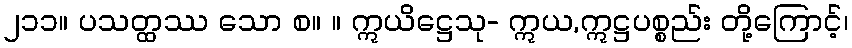
၂၁၁။ ပသတ္ထဿ သော စ။ ။ ဣယိဋ္ဌေသု- ဣယ,ဣဋ္ဌပစ္စည်း တို့ကြောင့်၊